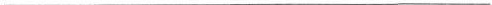
___